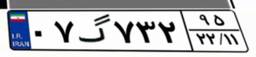
۷۶گ۷۶۲۴۸